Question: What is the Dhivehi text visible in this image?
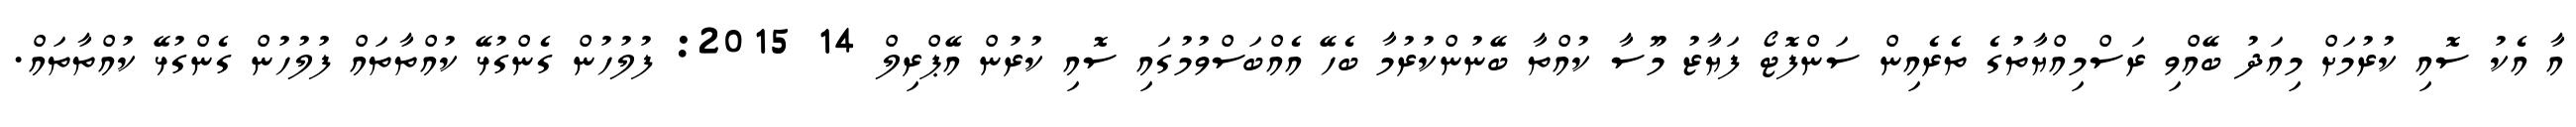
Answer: އާ އެކު ސޮއި ކުރުމަށް މިއަދު ބޭއްވި ރަސްމިއްޔާތުގެ ތެރެއިން ސަންފޮޓޯ ފަޔާޒު މޫސާ ކުއްތާ ބޭނުންކުރުމާ ބެހޭ އެއްބަސްވުމުގައި ސޮއި ކުރުން އޭޕްރިލް 14 2015: ފުލުހުން ގެންގުޅޭ ކުއްތާތައް ފުލުހުން ގެންގުޅޭ ކުއްތާތައް.